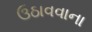
ઉઠાવવાના